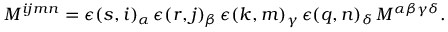
{ \cal M } ^ { i j m n } = \epsilon ( s , i ) _ { \alpha } \, \epsilon ( r , j ) _ { \beta } \, \epsilon ( k , m ) _ { \gamma } \, \epsilon ( q , n ) _ { \delta } \, M ^ { \alpha \beta \gamma \delta } .